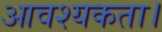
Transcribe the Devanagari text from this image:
आवश्‍यकता।